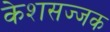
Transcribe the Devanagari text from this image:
केशसज्जक